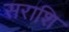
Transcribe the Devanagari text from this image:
सराशि